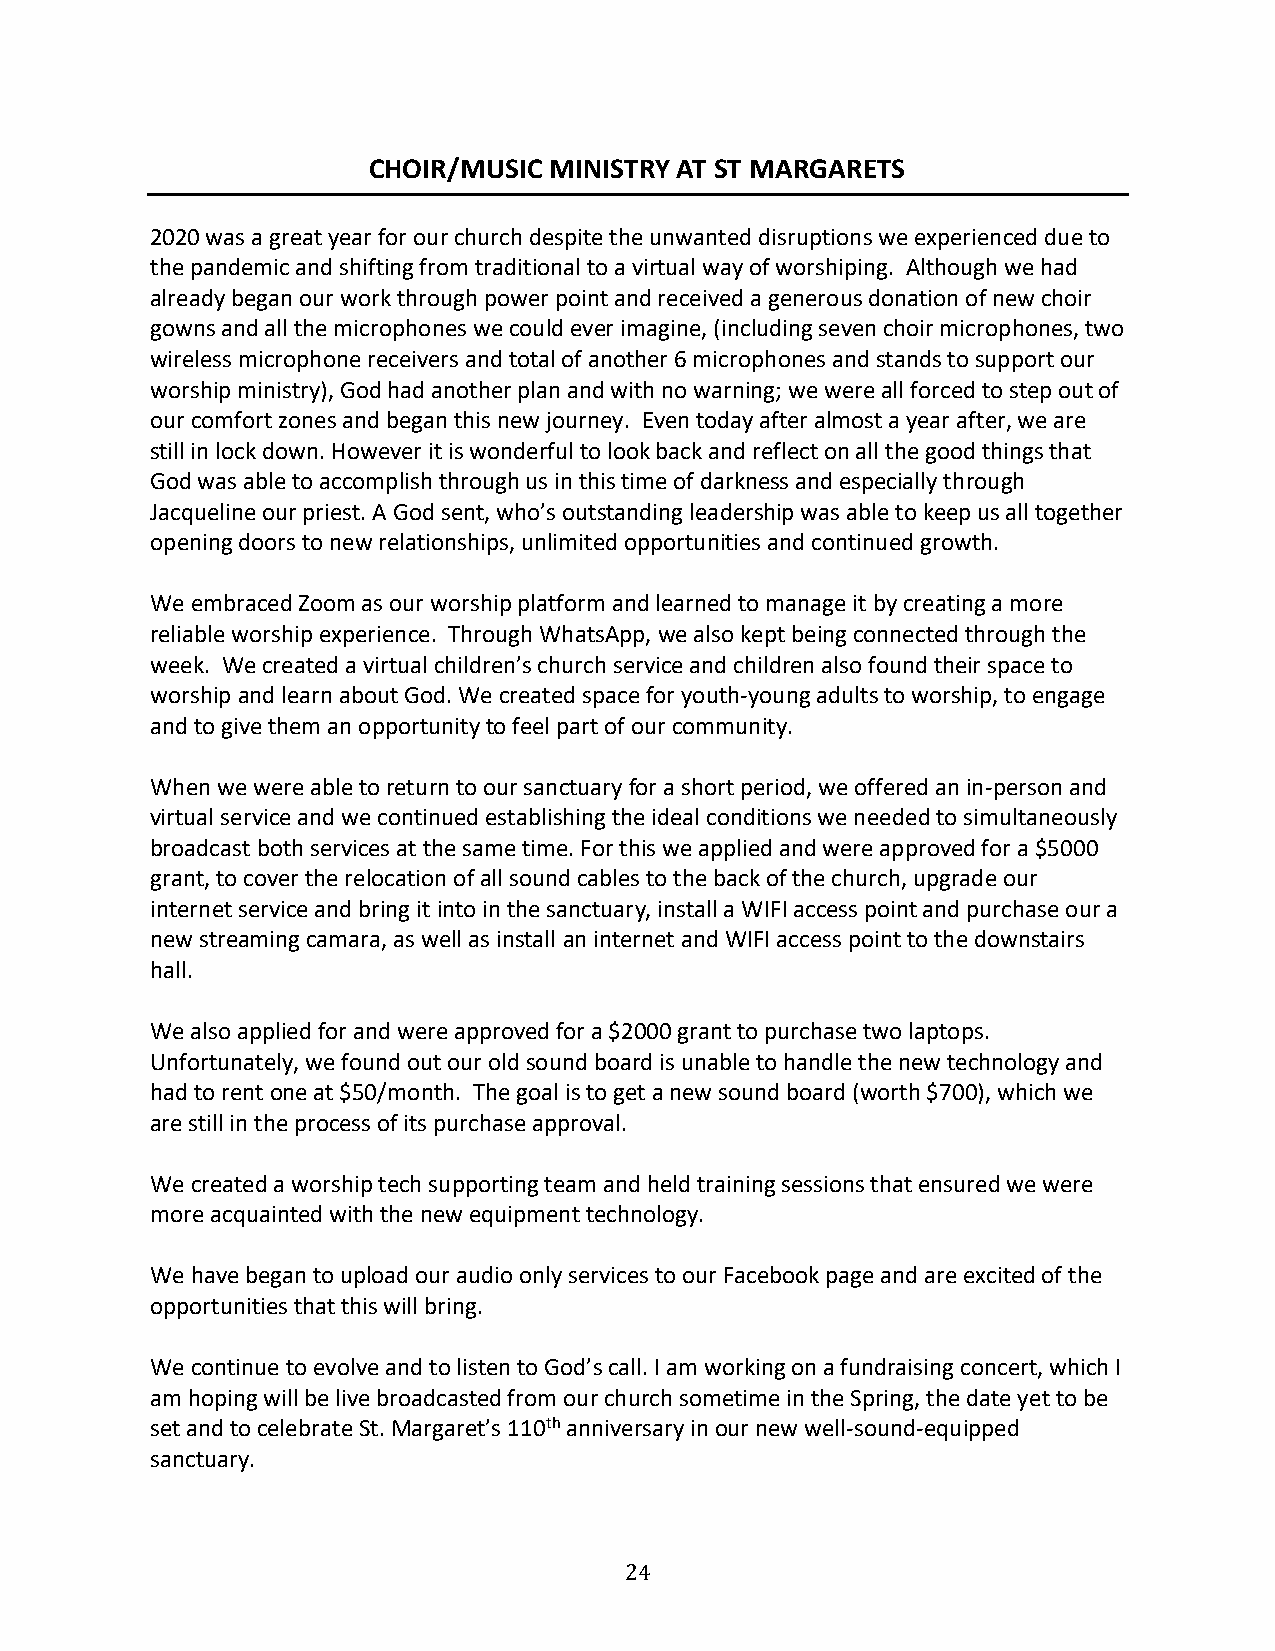
CHOIR/MUSIC MINISTRY AT ST MARGARETS
 2020 was a great year for our church despite the unwanted disruptions we experienced due to
 the pandemic and shifting from traditional to a virtual way of worshiping. Although we had
 already began our work through power point and received a generous donation of new choir
 gowns and all the microphones we could ever imagine, (including seven choir microphones, two
 wireless microphone receivers and total of another 6 microphones and stands to support our
 worship ministry), God had another plan and with no warning; we were all forced to step out of
 our comfort zones and began this new journey. Even today after almost a year after, we are
 still in lock down. However it is wonderful to look back and reflect on all the good things that
 God was able to accomplish through us in this time of darkness and especially through
 Jacqueline our priest. A God sent, who’s outstanding leadership was able to keep us all together
 opening doors to new relationships, unlimited opportunities and continued growth.
 We embraced Zoom as our worship platform and learned to manage it by creating a more
 reliable worship experience. Through WhatsApp, we also kept being connected through the
 week. We created a virtual children’s church service and children also found their space to
 worship and learn about God. We created space for youth-young adults to worship, to engage
 and to give them an opportunity to feel part of our community.
 When we were able to return to our sanctuary for a short period, we offered an in-person and
 virtual service and we continued establishing the ideal conditions we needed to simultaneously
 broadcast both services at the same time. For this we applied and were approved for a $5000
 grant, to cover the relocation of all sound cables to the back of the church, upgrade our
 internet service and bring it into in the sanctuary, install a WIFI access point and purchase our a
 new streaming camara, as well as install an internet and WIFI access point to the downstairs
 hall.
 We also applied for and were approved for a $2000 grant to purchase two laptops.
 Unfortunately, we found out our old sound board is unable to handle the new technology and
 had to rent one at $50/month. The goal is to get a new sound board (worth $700), which we
 are still in the process of its purchase approval.
 We created a worship tech supporting team and held training sessions that ensured we were
 more acquainted with the new equipment technology.
 We have began to upload our audio only services to our Facebook page and are excited of the
 opportunities that this will bring.
 We continue to evolve and to listen to God’s call. I am working on a fundraising concert, which I
 am hoping will be live broadcasted from our church sometime in the Spring, the date yet to be
 set and to celebrate St. Margaret’s 110th anniversary in our new well-sound-equipped
 sanctuary.
 24